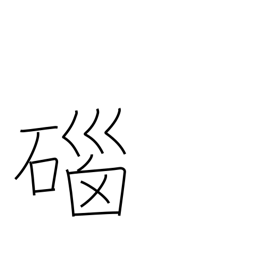
Meaning: agate